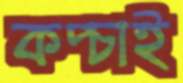
কপ্‌চাই